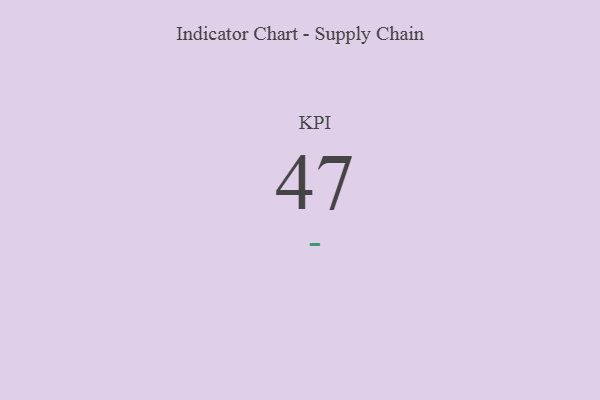
{"axis": {"x": "KPI", "y": "Value"}, "legend": [""], "data": [{"x": "KPI", "y": 47, "type": ""}]}